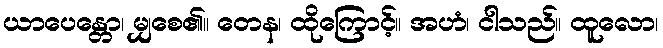
ယာပေန္တော၊ မျှစေ၏။ တေန၊ ထိုကြောင့်။ အဟံ၊ ငါသည်။ ထူလော၊